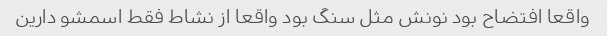
واقعا افتضاح بود نونش مثل سنگ بود واقعا از نشاط فقط اسمشو دارین